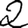
Digit: 2